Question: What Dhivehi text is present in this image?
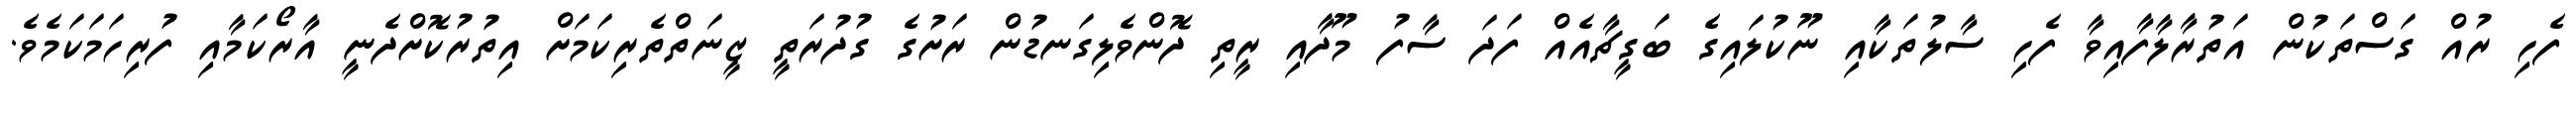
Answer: ފެހި ރުއް ގަސްތަކުން އަތުރާލާފާއިވާ ފެހި ސާލުތަކާއި ނޫކުލައިގެ ބަގީޗާއެއް ފަދަ ސާފު މޫދާއި ރީތި ދޮންވެލިގަނޑުން ރަށުގެ ގުދުރަތީ ޒީނަތްތެރިކަމަށް އިތުރުކޮށްދެނީ އާރޯކަމާއި ފުރިހަމަކަމެވެ.